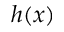
h ( x )